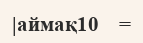
|аймақ10    =